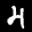
Label: 4